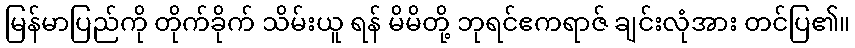
မြန်မာပြည်ကို တိုက်ခိုက် သိမ်းယူ ရန် မိမိတို့ ဘုရင်ဧကရာဇ် ချင်းလုံအား တင်ပြ၏။